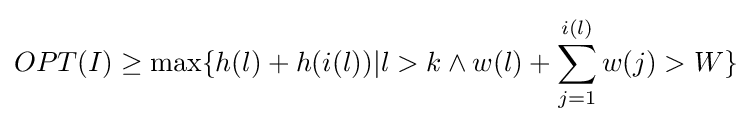
OPT(I)\geq \max\{h(l)+h(i(l))|l>k\wedge w(l)+\sum _{j=1}^{i(l)}w(j)>W\}